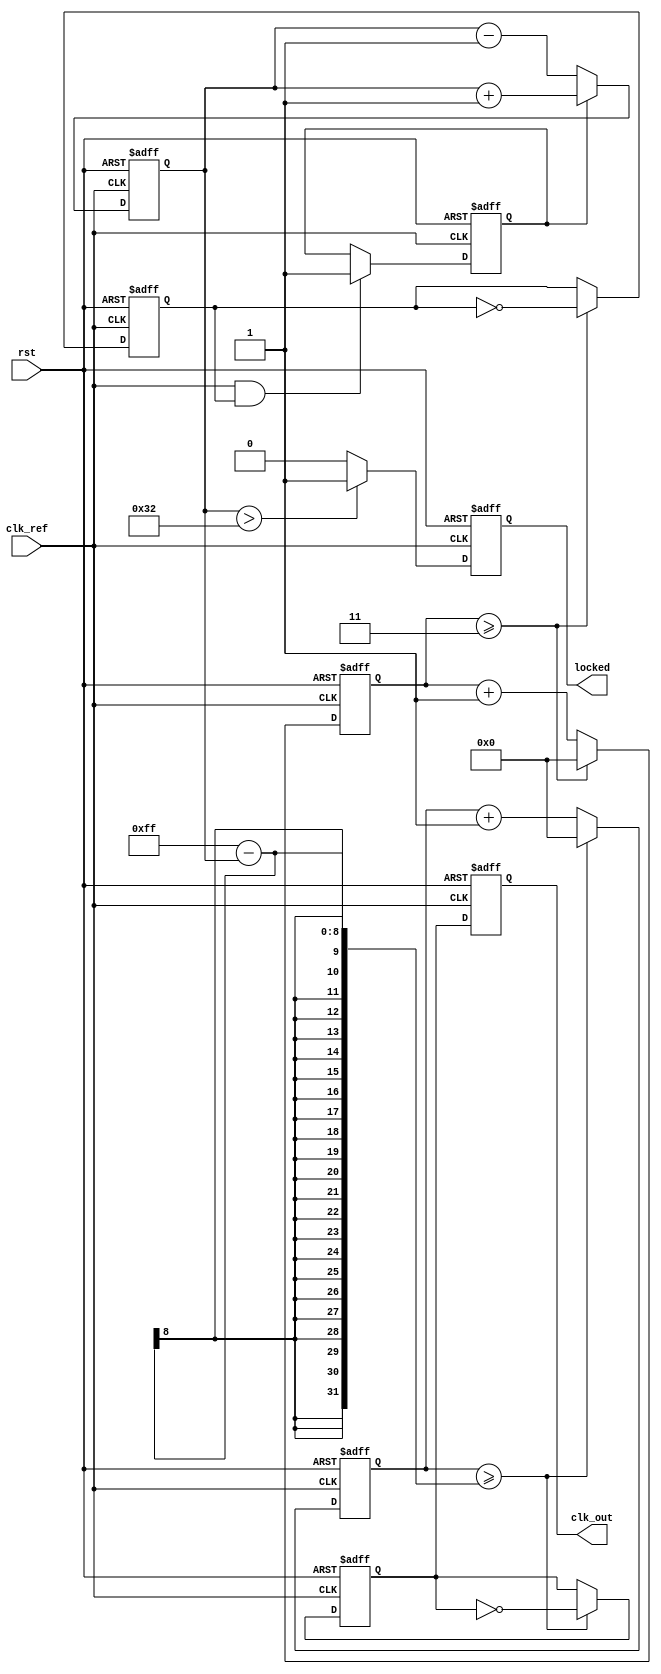
module PLL #(parameter N = 4) (
    input wire clk_ref,               // Reference clock input
    input wire rst,                   // Reset signal
    output reg clk_out,               // Output clock signal
    output reg locked                 // Lock status indicator
);

    // Phase Detector
    reg phase_error;
    reg pd_output;
    
    // Frequency Divider
    reg [31:0] counter_div;           // Counter for frequency division
    reg clk_div;

    // Loop Filter (Simple first-order RC)
    reg [7:0] control_voltage;
    
    // Voltage-Controlled Oscillator (VCO)
    reg vco_clk;
    reg [31:0] vco_counter;

    // Phase Detector Logic
    always @(posedge clk_ref or posedge rst) begin
        if (rst) begin
            pd_output <= 0;
            phase_error <= 0;
        end else begin
            // Simple PD logic: check rising edges
            if (clk_ref && clk_div) begin
                pd_output <= 1;
                phase_error <= 1; // Indicating phase difference
            end else begin
                pd_output <= 0;
            end
        end
    end

    // Frequency Divider Logic
    always @(posedge clk_ref or posedge rst) begin
        if (rst) begin
            counter_div <= 0;
            clk_div <= 0;
        end else begin
            counter_div <= counter_div + 1;
            if (counter_div >= (N - 1)) begin
                clk_div <= ~clk_div; // Toggle output clock
                counter_div <= 0;
            end
        end
    end

    // Loop Filter Logic (simple integration)
    always @(posedge clk_ref or posedge rst) begin
        if (rst) begin
            control_voltage <= 0;
        end else begin
            // Simple loop filter: Increment/Decrement control voltage
            if (phase_error) begin
                control_voltage <= control_voltage + 1; // Increase control voltage
            end else begin
                control_voltage <= control_voltage - 1; // Decrease control voltage
            end
        end
    end

    // VCO Logic
    always @(posedge clk_ref or posedge rst) begin
        if (rst) begin
            vco_counter <= 0;
            vco_clk <= 0;
        end else begin
            vco_counter <= vco_counter + 1;
            
            // Control VCO frequency based on control voltage
            if (vco_counter >= (8'hFF - control_voltage)) begin
                vco_clk <= ~vco_clk; // Toggle VCO clock
                vco_counter <= 0;
            end
        end
    end

    // Output Clock Generation and Lock Status
    always @(posedge clk_ref or posedge rst) begin
        if (rst) begin
            clk_out <= 0;
            locked <= 0;
        end else begin
            clk_out <= vco_clk;
            // Lock detection logic (for simplicity, always locked)
            // A real application would require more complex logic
            locked <= (control_voltage > 50) ? 1 : 0; // Example threshold for lock
        end
    end

endmodule